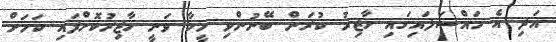
އަދި އެ މައްސަލައިގައި ހާޒިރު ކުރަން ބޭނުންވި މީހާ ވަނީ ހާޒިރުކޮށްފައި ކަމަށް